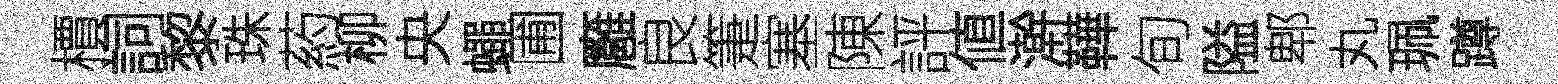
檟詞黎珠葯柳央蠅圃廱良箑塞陳評値澣鞾旬隘郫丸珮蹲